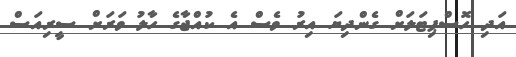
އަދި ހޮސްޕިޓަލަށް ގެންދިޔަ އިރު ވެސް އެ ކުއްޖާގެ ހާލު ވަރަށް ސީރިއަސް